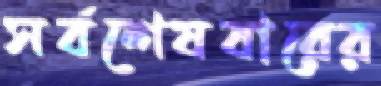
সর্বশেষবারের